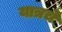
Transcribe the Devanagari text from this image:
यात्रचे